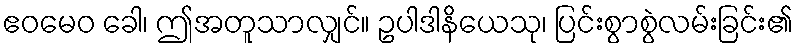
ဧဝမေဝ ခေါ၊ ဤအတူသာလျှင်။ ဥပါဒါနိယေသု၊ ပြင်းစွာစွဲလမ်းခြင်း၏